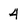
Character: 4